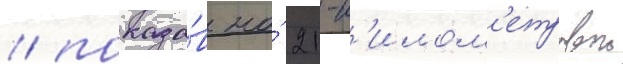
/ показа́в на́ 21-к'илом'етровои